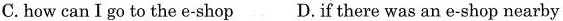
C. how canIgo to the e-shop D.If there was an e-shop nearby